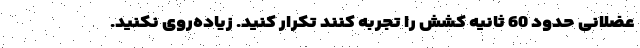
عضلانی حدود 60 ثانیه کشش را تجربه کنند تکرار کنید. زیاده‌روی نکنید.